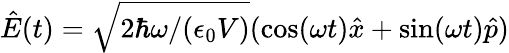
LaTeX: \hat{E}(t)=\sqrt{2\hbar\omega/(\epsilon_{0}V)}(\cos(\omega t)\hat{x}+\sin(\omega t)\hat{p})